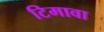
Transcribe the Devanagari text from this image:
टिमावा